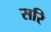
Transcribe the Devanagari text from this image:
सरि